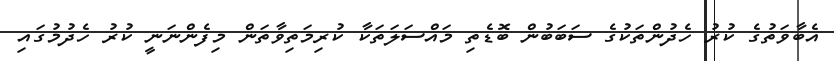
އެބާވަތުގެ ކުރު ހެދުންތަކުގެ ސަބަބުން ބޮޑެތި މައްސަލަތަކާ ކުރިމަތިވާތަން މިފެންނަނީ ކުރު ހެދުމުގައި